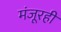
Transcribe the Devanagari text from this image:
मंजूरही